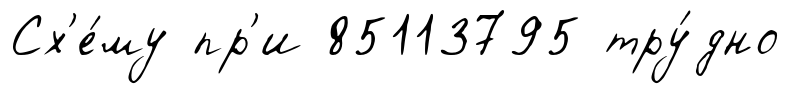
Сх'е́му пр'и 85113795 тру́дно